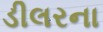
ડીલરના